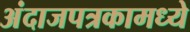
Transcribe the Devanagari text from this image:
अंदाजपत्रकामध्ये